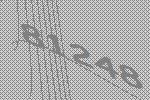
81248